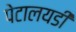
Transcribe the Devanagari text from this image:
पेटालयडी